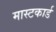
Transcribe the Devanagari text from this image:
मास्टकार्ड